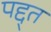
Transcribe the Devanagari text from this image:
पद्द्त